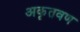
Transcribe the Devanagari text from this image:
अकृतवण